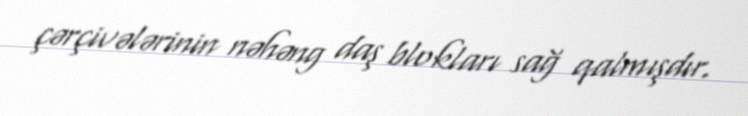
çərçivələrinin nəhəng daş blokları sağ qalmışdır.